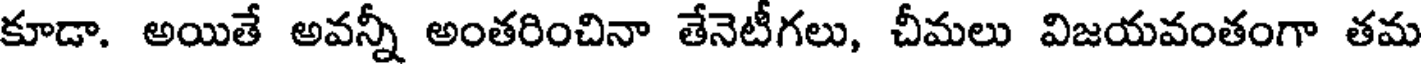
కూడా. అయితే అవన్నీ అంతరించినా తేనెటీగలు, చీమలు విజయవంతంగా తమ